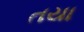
તયા